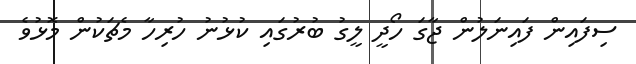
ސިފައިން ފައިނަލުން ޖާގަ ހޯދީ ލީގު ބުރުގައި ކުޅުނު ހުރިހާ މެޗަކުން މޮޅުވެ